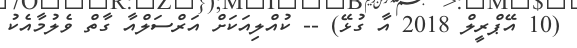
(10 އޭޕްރީލް 2018 އާ ގުޅޭ) -- ކުއްލިއަކަށް އަރްސަލްއާ ގާތް ވެލުމާއެކު